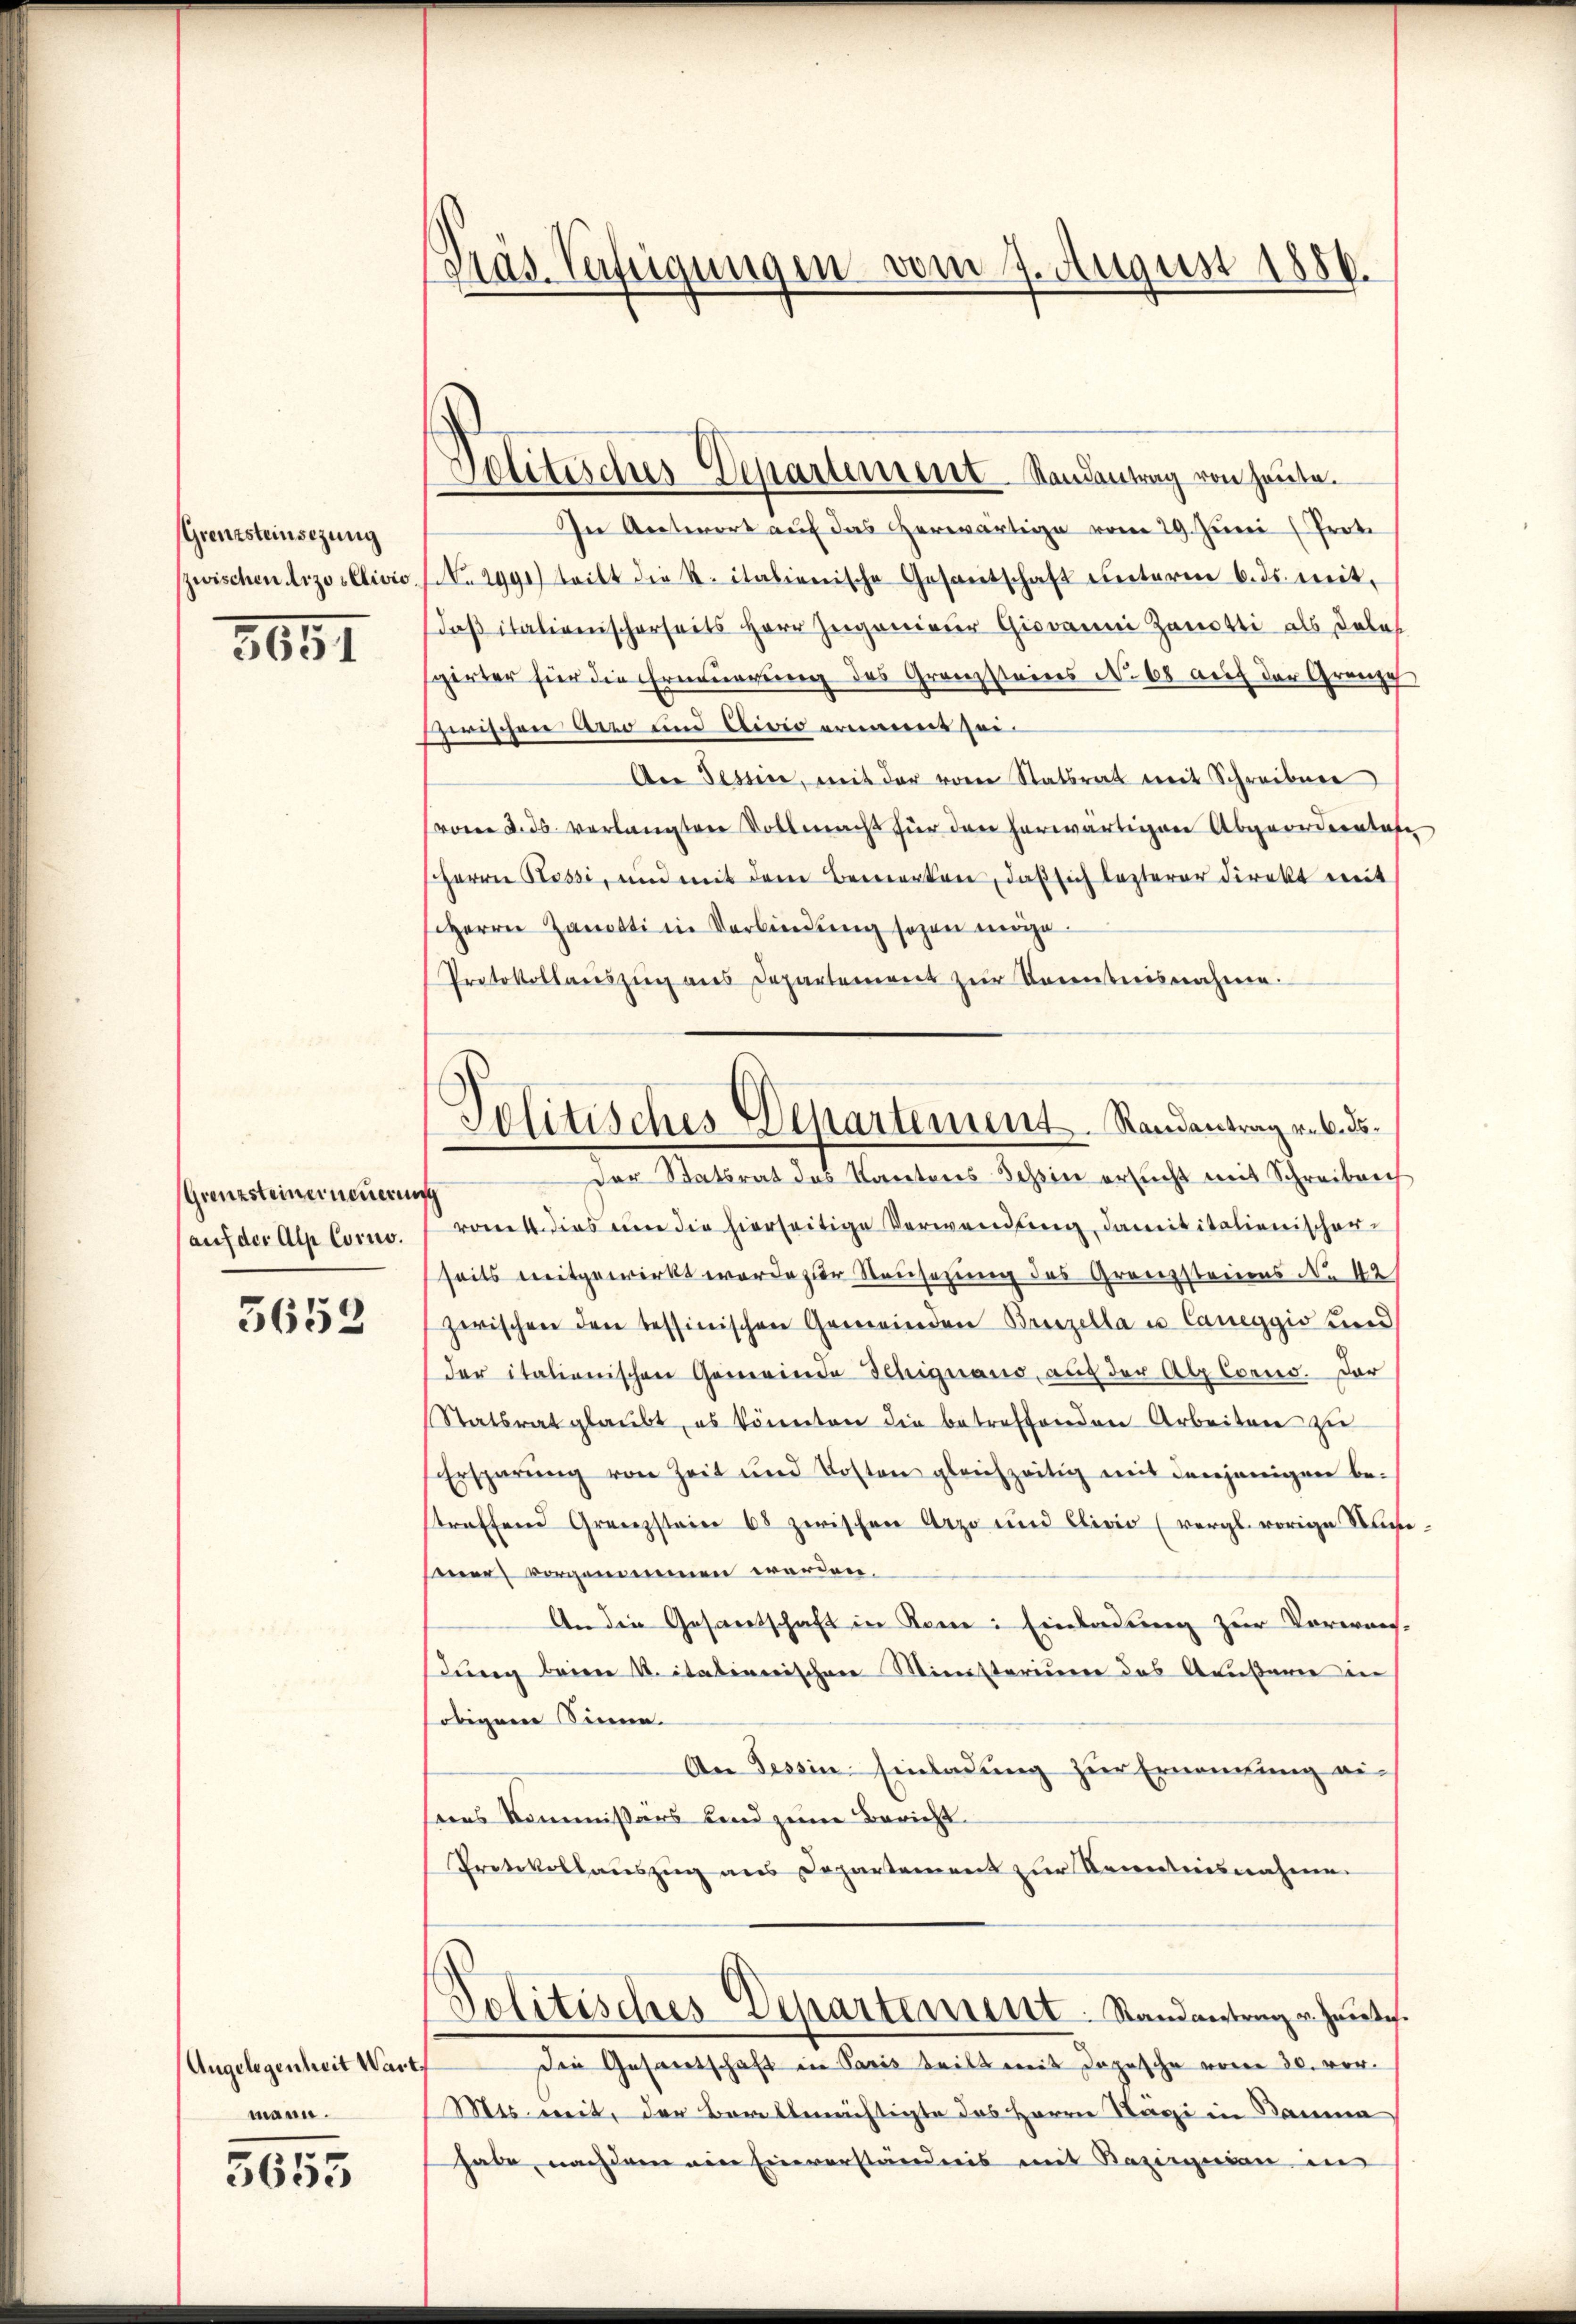
(Grenzsteinsezung
zwischen ArzosClivić.

3051

(Grenzsteiner neuerun
auf der Alp Corno.

5653

Angelegenheit Wart
mann.

5655

das Verfügungen vom 7. August 1886.

Solituches Departement Standantrag von heute.

Politisches Departement Randantrag rob. ds.

In Antwort auf das herwärtige vom 29. Juni (Proto
No 2991) teilt die R. italienische Gesantschaft unterm 6. ds. mit-
Daß italienischerseits Herr Zugenieur Giovanni Zanotti als Doles
girter für die Erneuerung des Granzsteines No. 68 auf der Granzes
sperischen Arro und Civio ernannt zei
An Tessine, mit der von Statsrat mit Schreiben
(vom 2. ds. verlangten Vollmacht für den herwärtigen Abgeordnentafe
HHerrn Rossi, und mit dem Bemerken, daß sich lezterer Direkt mit
Herrn Zanotti in Verbindung sogen mege¬
Protokollauszug aus Departement zur Kenntnisnahme.
Der Statsrat das Kantons Tessin ersucht mit Schreiben
ront dies um die hierseitige Verwendung, damit italienischerseits mitgewirkt werde zur Neusezung des Granzsteines No 42
zwischen den tessinischen Gemeinden Brinzella u. Caneggio und
der italienischen Gemeinde Schignano, auf der Altorno. Dar
Statsrat glaubt, es könnten die betreffenden Arbeiten zŭ
Ersparŭng von Zeit und Kosten gleichzeitig mit denjenigen be-
straffend Grenzstein 68 zwischen Arzt und Clivio (vergl. vorige Niesner vorgeneinen werden.
An die Gesantschaft in Rone: Einladung zur Vorwordung beim V. itationischen Ministerium das Ausare in
obigen Sinne.
An Tessin Einladung zur Ernennung ei-
dens Kommissärs band zum Bericht.
Protokollaŭszŭg ans Departement zur Kenntnisnahme.
Solitisches Departement. Standantrag u. heute.
Den Gesandtschaft in Paris teilt mit Depesche vom 30. vor¬
Mts. weit, der Borellereichtigte das Herrn Ragi in Damma
habe, nachdem ein Einverständnis mit Razingeren in